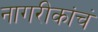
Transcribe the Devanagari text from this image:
नागरीकांचं